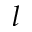
l